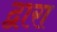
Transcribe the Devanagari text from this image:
द्वारा